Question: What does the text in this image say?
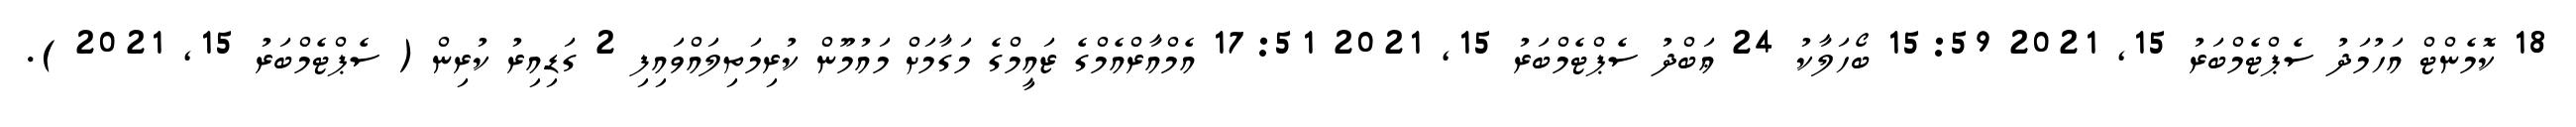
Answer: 18 ކޮމެންޓް އަހުމަދު ސެޕްޓެމްބަރު 15, 2021 15:59 ބޯހަލާކު 24 ޢަބްދު ސެޕްޓެމްބަރު 15, 2021 17:51 އެމްއާރްއެމްގެ ޒައީމްގެ މަގާމަށް މައުމޫން ކުރިމަތިލައްވައިފި 2 ގަޑިއިރު ކުރިން ( ސެޕްޓެމްބަރު 15, 2021 ).